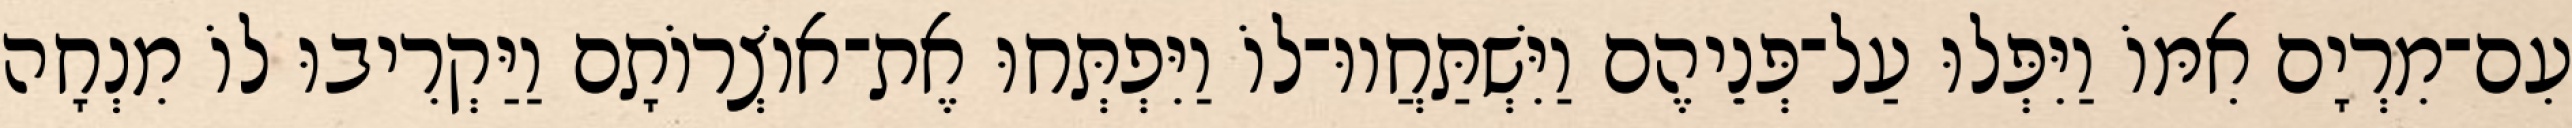
עִם־מִרְיָם אִמּוֹ וַיִּפְּלוּ עַל־פְּנֵיהֶם וַיִּשְׁתַּחֲווּ־לוֹ וַיִּפְתְּחוּ אֶת־אוֹצְרוֹתָם וַיַּקְרִיבוּ לוֹ מִנְחָה